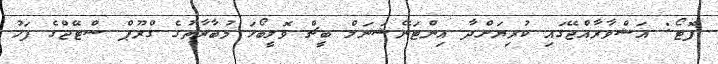
ފޮޓޯ: އަޝްވާރާއްޖޭގައި ކުރިޔަށްދާ އިންޓަނޭޝަނަލް ބީޗް ވޮލީބޯޅަ މުބާރާތުގެ ގްރޫޕް ސްޓޭޖްގެ ފަހު